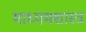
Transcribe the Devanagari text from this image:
माध्यमशास्त्र